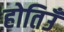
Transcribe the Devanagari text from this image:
होतिउँ